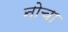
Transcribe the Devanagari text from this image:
नोचा